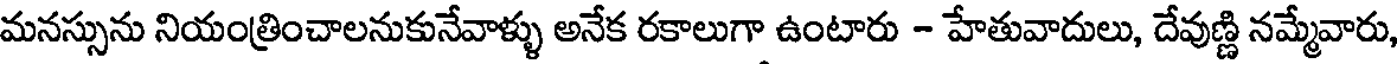
మనస్సును నియంత్రించాలనుకునేవాళ్ళు అనేక రకాలుగా ఉంటారు - హేతువాదులు, దేవుణ్ణి నమ్మేవారు,